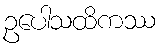
ဥပေါသထိကဿ